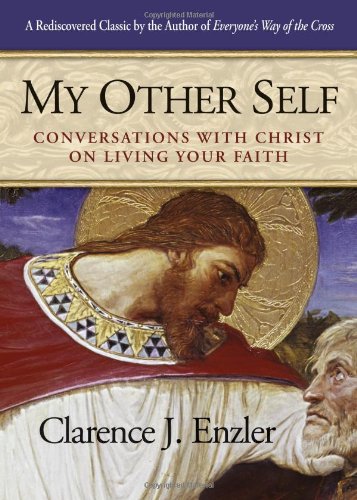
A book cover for My Other Self: Conversations with Christ on Living Your Faith; Clarence J. Enzler; Religion & Spirituality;